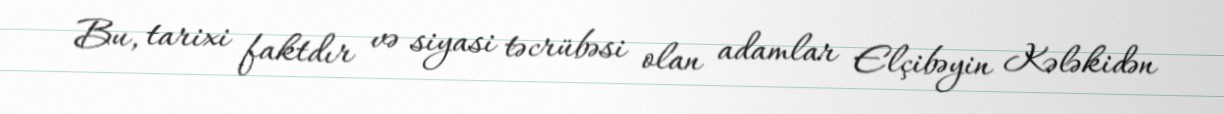
Bu, tarixi faktdır və siyasi təcrübəsi olan adamlar Elçibəyin Kələkidən